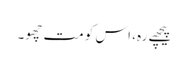
پیچھے رہ، اس کو مت چھو۔